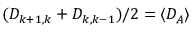
( D _ { k + 1 , k } + D _ { k , k - 1 } ) / 2 = \langle D _ { A } \rangle